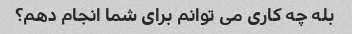
بله چه کاری می توانم برای شما انجام دهم؟